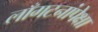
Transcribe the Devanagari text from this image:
लाँगटनांपेक्षा